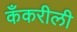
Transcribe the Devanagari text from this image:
कँकरीली